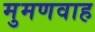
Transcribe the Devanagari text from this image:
मुमणवाह